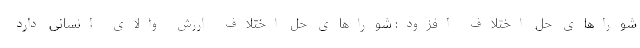
شوراهای حل اختلاف افزود: شوراهای حل اختلاف ارزش والای انسانی دارد